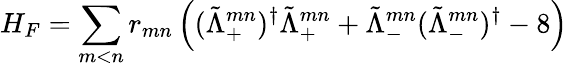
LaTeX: H_{F}=\sum_{m<n}r_{mn}\left((\tilde{\Lambda}_{+}^{mn})^{\dagger}\tilde{\Lambda}_{+}^{mn}+\tilde{\Lambda}_{-}^{mn}(\tilde{\Lambda}_{-}^{mn})^{\dagger}-8\right)